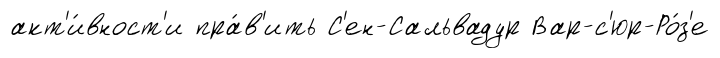
акт'и́вност'и пра́в'ить С'ен-Сальвадур Вар-с'юр-Ро́з'е